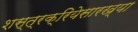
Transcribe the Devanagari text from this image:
शस्त्रक्रियेसारख्या